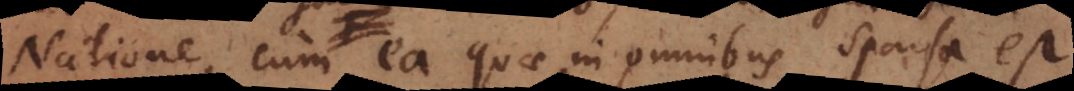
Natione, cum ea quae in omnibus sparsa est